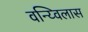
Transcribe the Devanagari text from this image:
वन्य्विलास